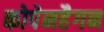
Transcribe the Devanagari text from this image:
कोपेनहैगन